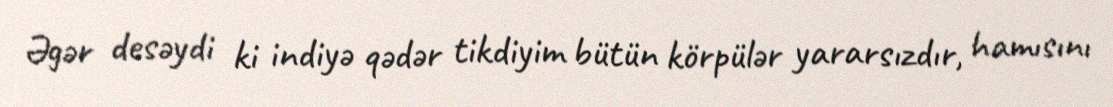
Əgər desəydi ki indiyə qədər tikdiyim bütün körpülər yararsızdır, hamısını